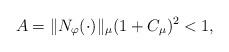
LaTeX: \begin{align*}A = \|N_{\varphi}(\cdot)\|_{\mu} (1 + C_{\mu})^2<1,\end{align*}